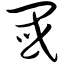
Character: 阈